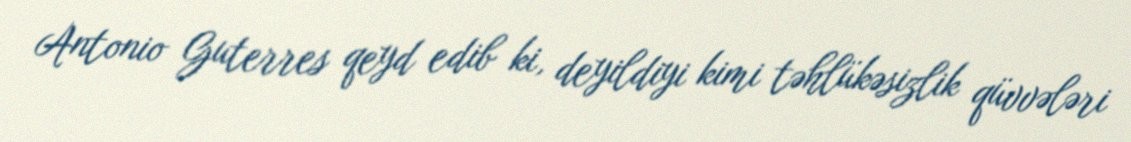
Antonio Guterres qeyd edib ki, deyildiyi kimi təhlükəsizlik qüvvələri